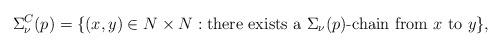
LaTeX: \begin{align*}\Sigma^C_{\nu}(p)=\{(x,y)\in N\times N:\mbox{there exists a}\ \Sigma_{\nu}(p)\mbox{-chain from } x\ \mbox{to}\ y\},\end{align*}